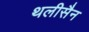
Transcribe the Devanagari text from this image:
थलीसैन